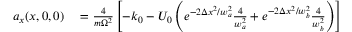
\begin{array} { r l } { a _ { x } ( x , 0 , 0 ) } & { { } = \frac { 4 } { m \Omega ^ { 2 } } \left[ - k _ { 0 } - U _ { 0 } \left( e ^ { - 2 \Delta x ^ { 2 } / w _ { a } ^ { 2 } } \frac { 4 } { w _ { a } ^ { 2 } } + e ^ { - 2 \Delta x ^ { 2 } / w _ { b } ^ { 2 } } \frac { 4 } { w _ { b } ^ { 2 } } \right) \right] } \end{array}